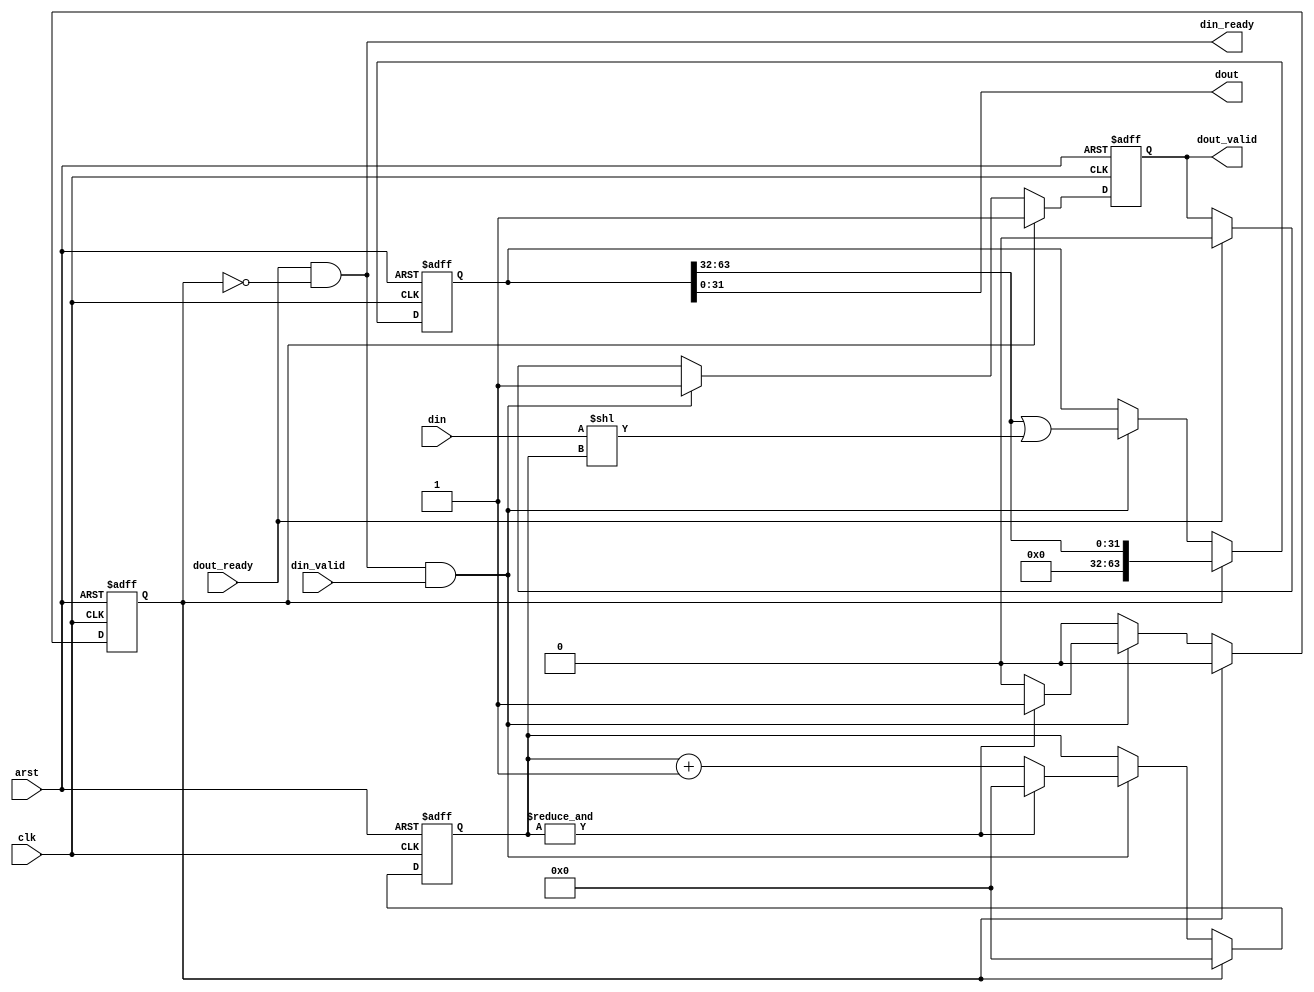
module gearbox_33_32 (
	input clk,arst,
	
	input [32:0] din,
	input din_valid,
	output din_ready,
	
	output [31:0] dout,
	output reg dout_valid,
	input dout_ready	
);

reg [4:0] holding;
reg holding_32;
reg [63:0] storage;

assign din_ready = dout_ready & !holding_32;

// holding will never be >= 32
wire [63:0] aligned_din = (din << holding);
				
always @(posedge clk or posedge arst) begin
	if (arst) begin
		storage <= 0;
		holding <= 0;
		holding_32 <= 0;
		dout_valid <= 1'b0;
	end
	else begin
		if (dout_ready) dout_valid <= 1'b0;
		
		if (holding_32) begin
			holding <= 0;							
			holding_32 <= 0;
			storage <= (storage >> 32);			
			dout_valid <= 1'b1;
		end
		else begin
			if (din_ready & din_valid) begin
				storage <= (storage >> 32) | aligned_din;		
				
				// when holding 31, 33 in, there are enough
				// bits for TWO words out.
				if (&holding) begin
					holding <= 0;
					holding_32 <= 1'b1;
				end
				else begin			
					holding <= holding + 1'b1;
				end
				dout_valid <= 1'b1;		
			end					
		end
	end
end

assign dout = storage [31:0];

endmodule